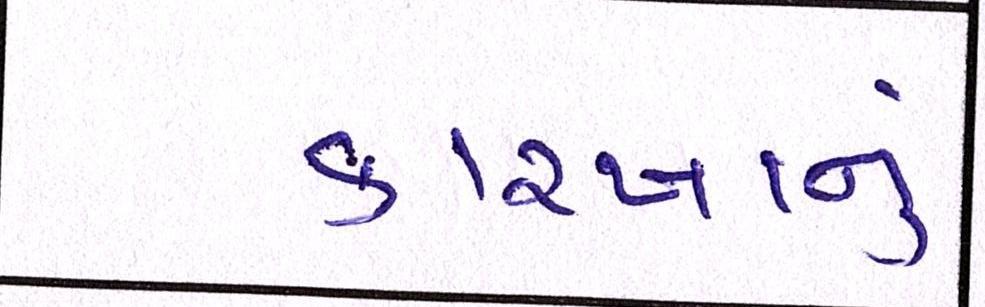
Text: કારખાનું